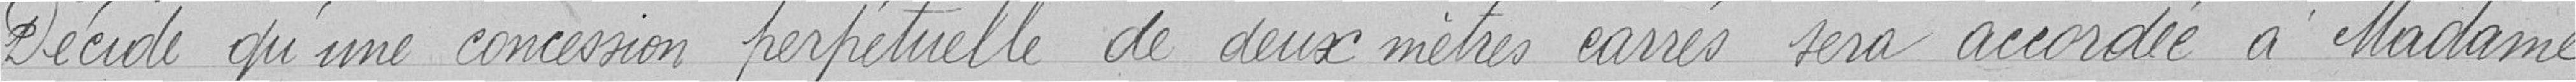
Décide qu'une concession perpétuelle de deux mètres carrés sera accordée à Madame